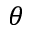
\theta